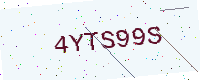
Text: 4YTS99S